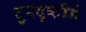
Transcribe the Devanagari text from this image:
दुरदृष्टीने